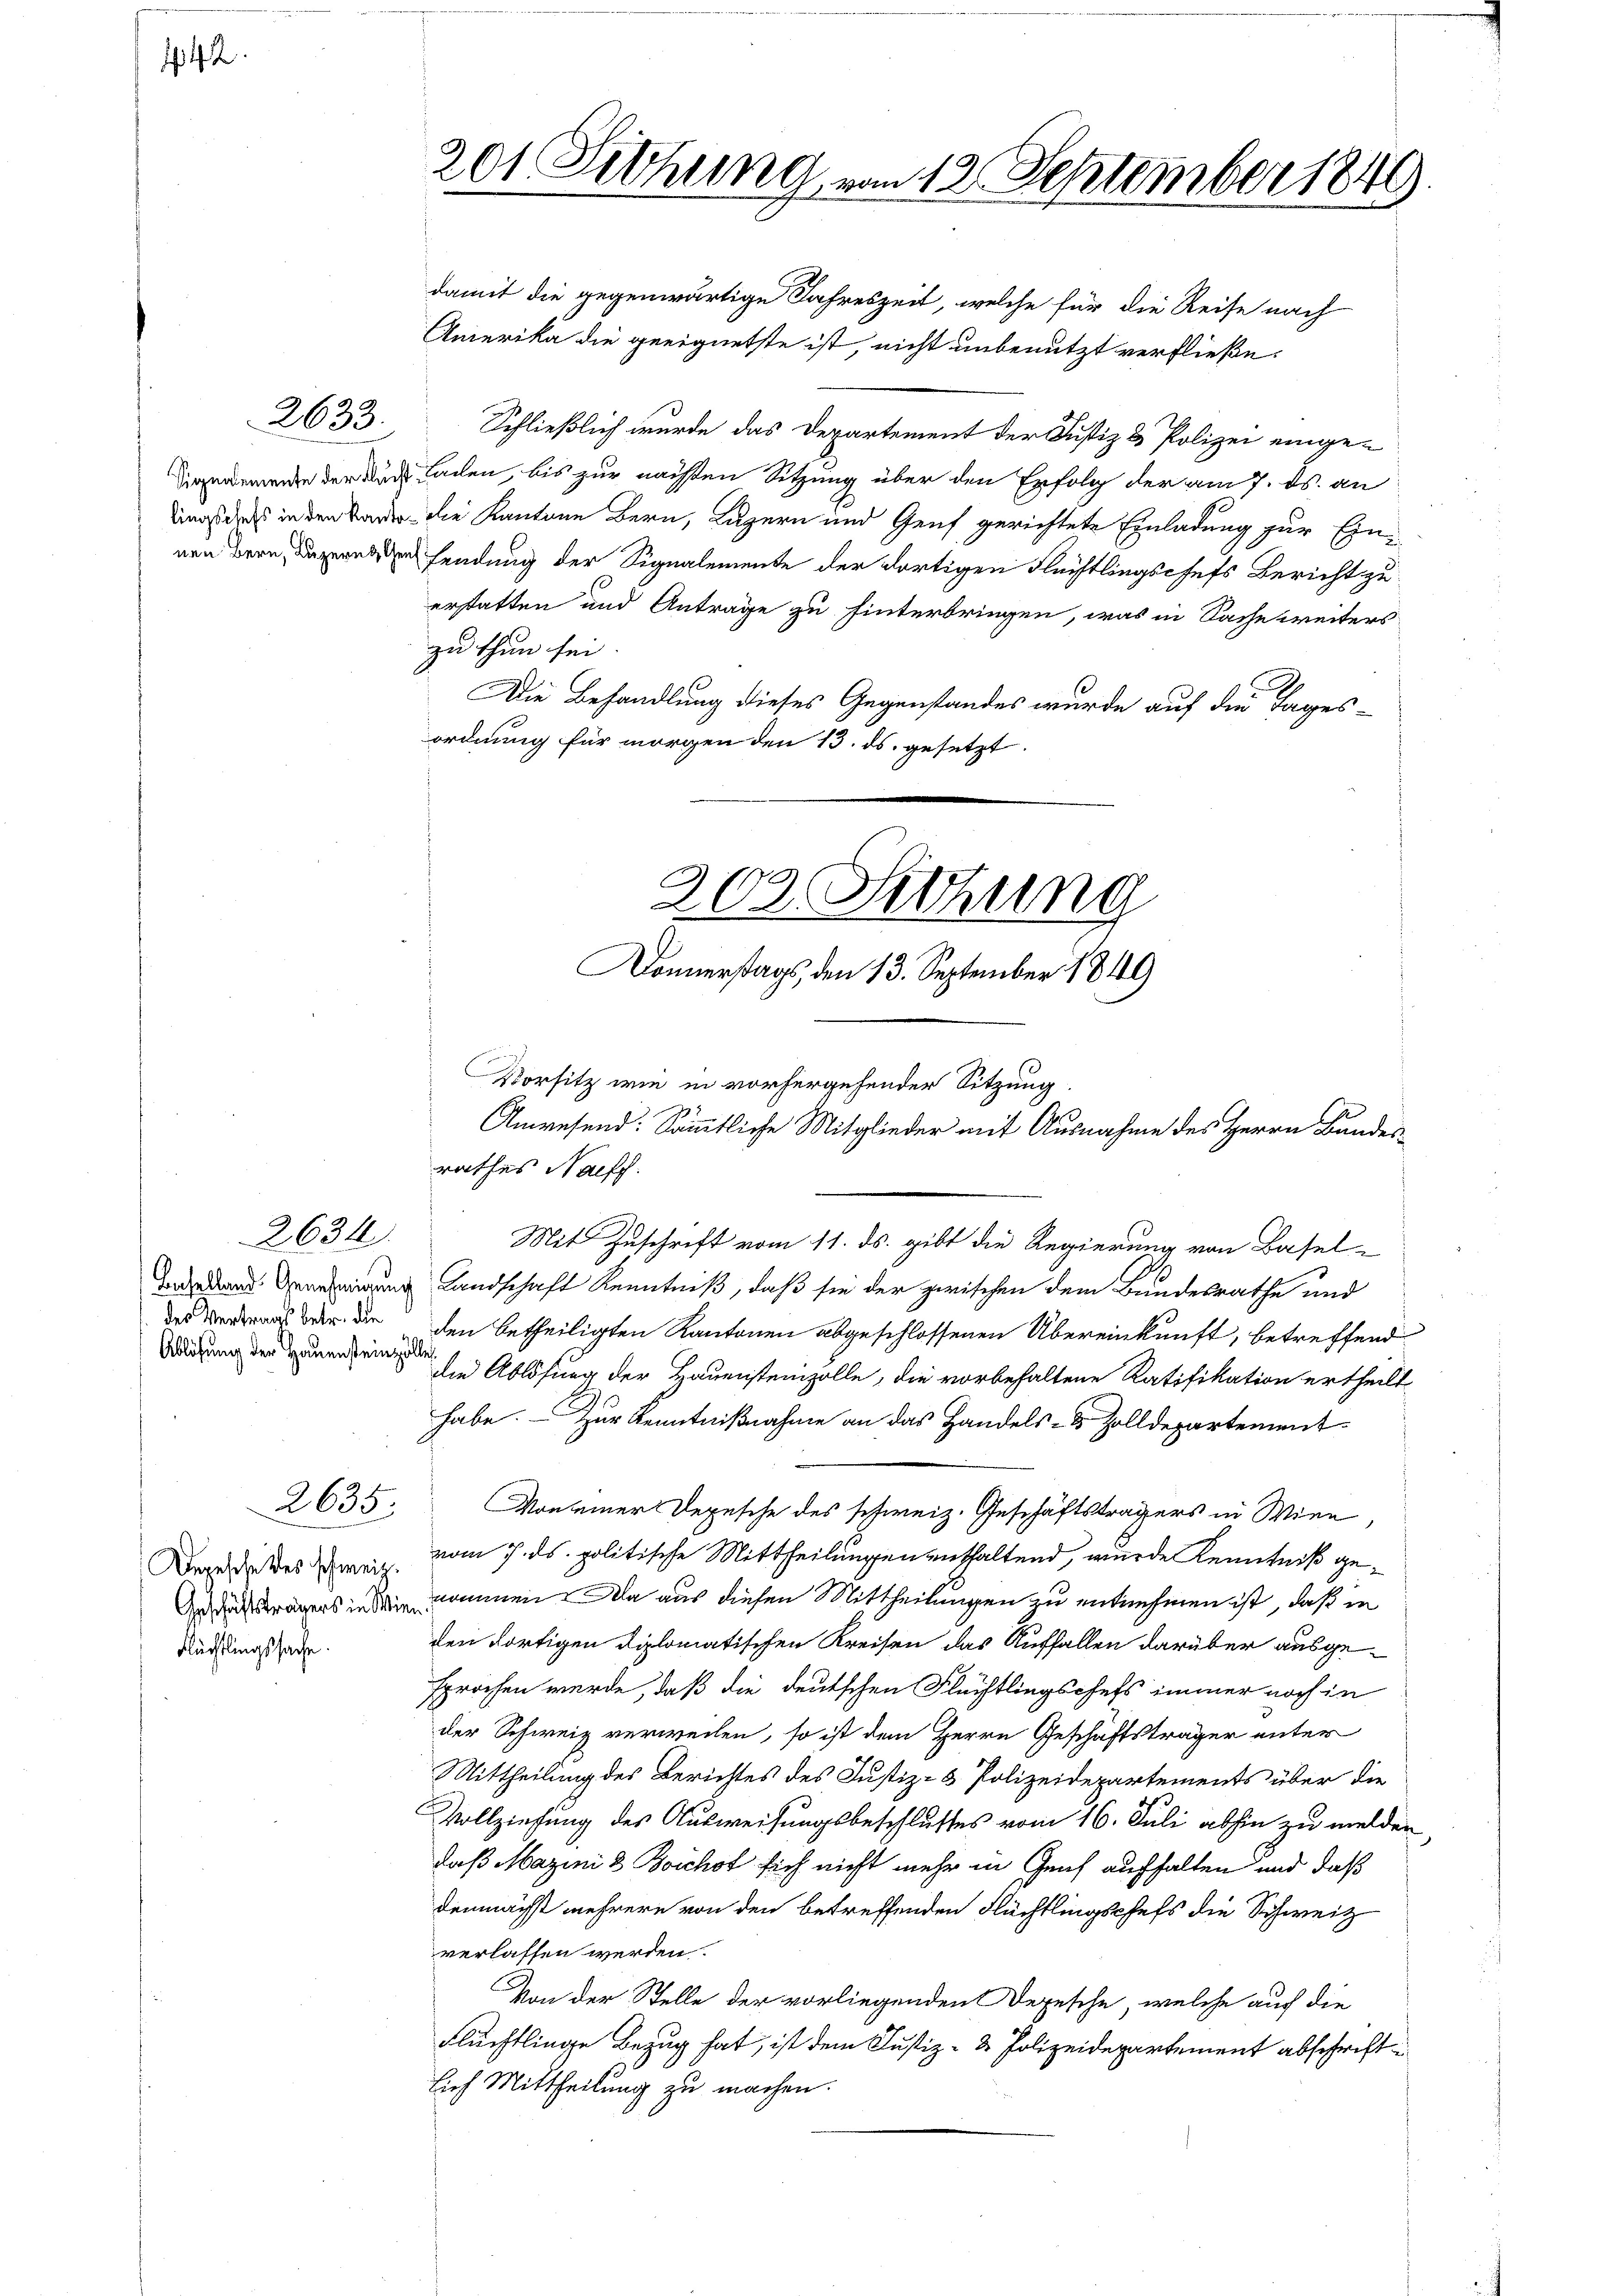
2633.

2634.
Ablösung der Hauensteinzölle

2635.

Flüchtlingssache.

damit die gegenwärtige Jahreszeit, welche für die Reise nach
Amerika die geeignetste ist, nicht unbenutzt verfließe.
Schließlich wurde das Departement der Justiz & Polizei eingeremente der den Laden, bis zur nächsten Sitzung über den Erfolg der am 7. ds. an
Was dass in den Bader die Kantone Bern, Luzern und Genf gerichtete Einladung zur Einnen Bern, Luzernden sendung der Signalemente der dortigen Flüchtlingschefs Bericht zu
erstatten und Antrage zu hinterbringen, was in Sache weiters
zu thun sei.
Die Behandlung dieses Gegenstandes wurde auf die Tages-
ordnung für morgen den 13. ds. gesetzt.
nderend Geneigung Landschaft Kenntniß, daß sie der zwischen dem Bundesrathe und
 war die den betheiligten Kantonen abgeschlossenen Übereinkunft, betreffend
die Ablösung der Hauensteinholle, die vorbehaltene Ratifikation ertheilt
habe. - Zur Kenntnißnahme an das Handels- & Zolldepartement¬
Von einer Depesche des schweiz. Geschäftsträgers in Wien,
eges des wenig vom 7. ds. politische Mittheilungen enthaltend, wurde Kenntniß ge¬
Aergers in den kommen. Da aus diesen Mittheilungen zu entnehmen ist, daß er
den dortigen Diplomatischen Kreisen das Auffallen darüber ausgesprochen werde, daß die deutschen Flüchtlingschefs immer noch in
der Schweiz verweilen, so ist dem Herrn Geschäftsträger unter
Mittheilung des Berichtes des Justiz- & Polizeidepartements über die
Vollziehung des Ausweisungsbeschlusses vom 16. Juli abhin zu melden
daß Mazini 3 Boschof sich nicht mehr in Genf aufhalten und daß
demnächst mehrere von den betreffenden Flüchtlingschefs die Schweiz
verlassen werden.
Von der Stelle der vorliegenden Depesche, welche auf die
Flüchtlinge Bezug hat, ist dem Justiz- & Polizeidepartement abschriftlich Mittheilung zu machen.

201. Sitzung von 12. September 1840

Vorsitz wie in vorhergehender Sitzung.
Anwesend: Sämmtliche Mitglieder mit Ausnahme des Herrn Bundesrathes Nachf
Mit Zuschrift vom 11. ds. gibt die Regierung von Basel-

Donnerstags, den 13. September 1849

202. Siehung